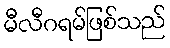
မီလီဂရမ်ဖြစ်သည်